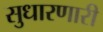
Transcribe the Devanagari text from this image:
सुधारणारी